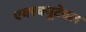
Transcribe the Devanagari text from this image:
एक्स्क्यूटेबल